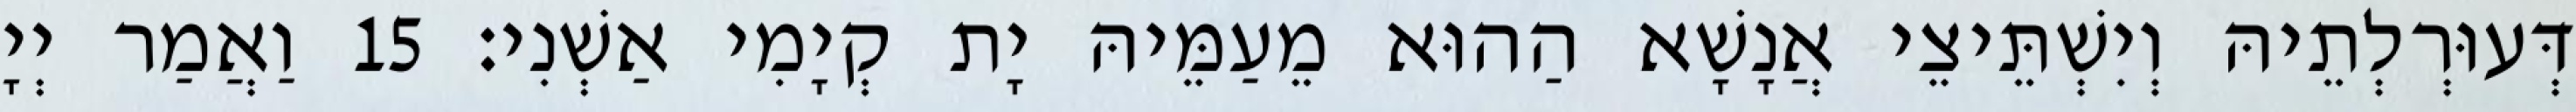
דְּעוּרְלְתֵיהּ וְיִשְׁתֵּיצֵי אֲנָשָׁא הַהוּא מֵעַמֵּיהּ יָת קְיָמִי אַשְׁנִי׃ 15 וַאֲמַר יְיָ